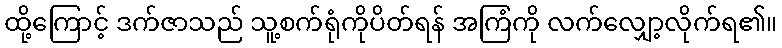
ထို့ကြောင့် ဒက်ဇာသည် သူ့စက်ရုံကိုပိတ်ရန် အကြံကို လက်လျှော့လိုက်ရ၏။